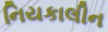
નિયકાલીન